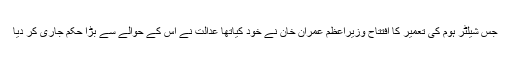
جس شیلٹر ہوم کی تعمیر کا افتتاح وزیراعظم عمران خان نے خود کیاتھا عدالت نے اس کے حوالے سے بڑا حکم جاری کر دیا